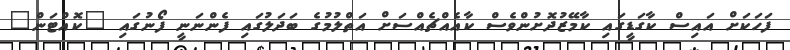
ފަހަކަށް އައިސް ކާގަޑީގައި ކާމޭޒުދޮށުންވެސް ކާއެއްޗެއްސަށް އަތްލުމުގެ ބަދަލުގައި ފެންނަނީ ފޯނުގައި "ކޮއްޓަން"